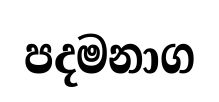
පදමනාග